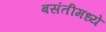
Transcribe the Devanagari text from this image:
बसंतीमध्ये